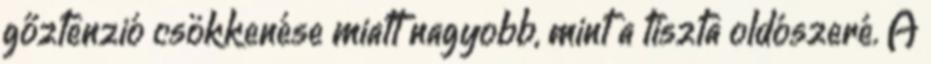
gőztenzió csökkenése miatt nagyobb, mint a tiszta oldószeré. A